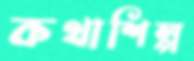
কথাশিল্প